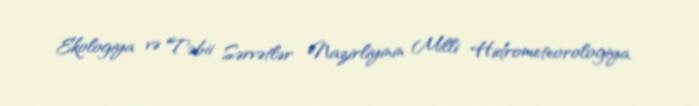
Ekologiya və Təbii Sərvətlər Nazirliyinin Milli Hidrometeorologiya